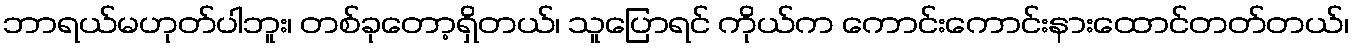
ဘာရယ်မဟုတ်ပါဘူး၊ တစ်ခုတော့ရှိတယ်၊ သူပြောရင် ကိုယ်က ကောင်းကောင်းနားထောင်တတ်တယ်၊